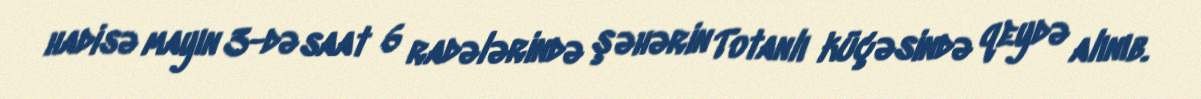
hadisə mayın 3-də saat 6 radələrində şəhərin Totanlı küçəsində qeydə alınıb.